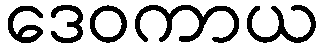
ဒေဝကာယ